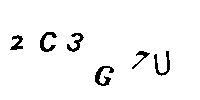
2C3G7U